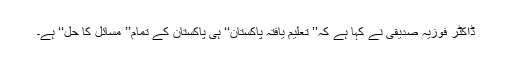
ڈاکٹر فوزیہ صدیقی نے کہا ہے کہ’’ تعلیم یافتہ پاکستان‘‘ ہی پاکستان کے تمام’’ مسائل کا حل‘‘ ہے۔